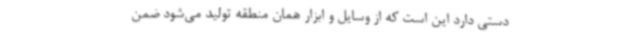
دستی دارد این است که از وسایل و ابزار همان منطقه تولید می‌شود ضمن